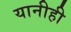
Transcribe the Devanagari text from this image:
यानीही